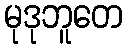
မုဒုဘူတေ